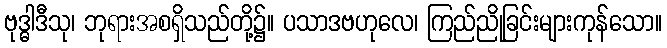
ဗုဒ္ဓါဒီသု၊ ဘုရားအစရှိသည်တို့၌။ ပသာဒဗဟုလေ၊ ကြည်ညိုခြင်းများကုန်သော။